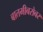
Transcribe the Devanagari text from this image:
बातमीबरोबर